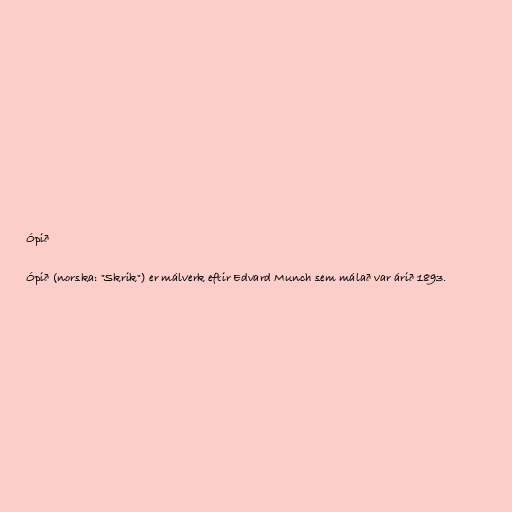
Ópið

Ópið (norska: "Skrik") er málverk eftir Edvard Munch sem málað var árið 1893.